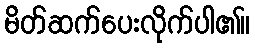
မိတ်ဆက်ပေးလိုက်ပါ၏။